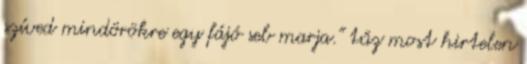
szíved mindörökre egy fájó seb marja." tűz most hirtelen